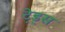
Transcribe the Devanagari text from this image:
टे़ड्स